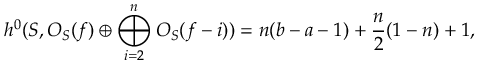
h ^ { 0 } ( { \cal S } , { \cal O } _ { \cal S } ( f ) \oplus \bigoplus _ { i = 2 } ^ { n } { \cal O } _ { \cal S } ( f - i ) ) = n ( b - a - 1 ) + \frac { n } { 2 } ( 1 - n ) + 1 ,